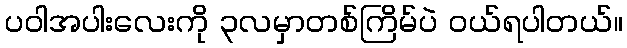
ပဝါအပါးလေးကို ၃လမှာတစ်ကြိမ်ပဲ ဝယ်ရပါတယ်။